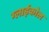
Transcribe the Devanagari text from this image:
ग्लाईकोल